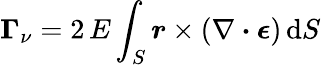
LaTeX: \boldsymbol{\Gamma}_{\nu}=2\, E\int_{S}\boldsymbol{r}\times(\nabla\boldsymbol{\cdot}\boldsymbol{\epsilon})\, \mathrm{d}S